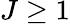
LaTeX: J\ge 1